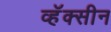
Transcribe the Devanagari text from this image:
व्हॅक्सीन